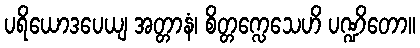
ပရိယောဒပေယျ အတ္တာနံ၊ စိတ္တက္လေသေဟိ ပဏ္ဍိတော။